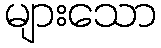
များသော